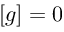
[ g ] = 0